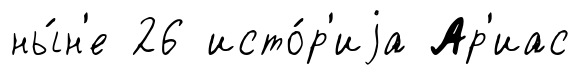
ны́н'е 26 исто́р'иjа Ар'иас